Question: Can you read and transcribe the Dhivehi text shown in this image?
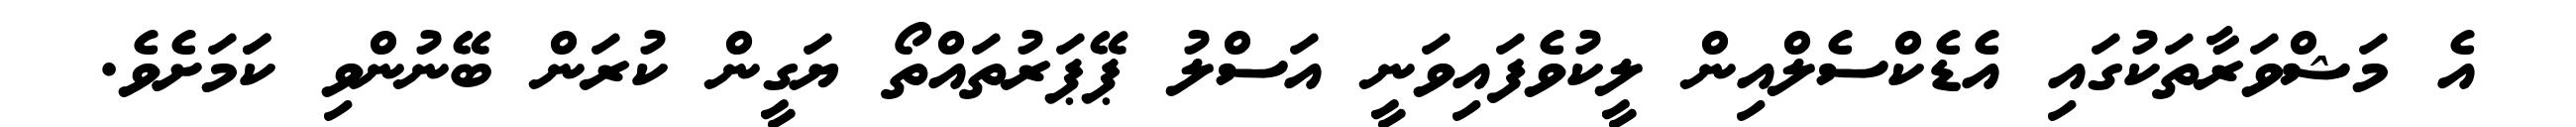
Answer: އެ މަޝްވަރާތަކުގައި އެޑެކްސެލްއިން ލީކުވެފައިވަނީ އަސްލު ޕޭޕަރުތައްތޯ ޔަގީން ކުރަން ބޭނުންވި ކަަމަށެވެ.